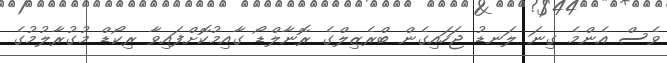
ވެސް އެންމެ ގިނަ ލަނޑު ޖަހައިގެން ބްރެޒިލްގެ ރޮނާލްޑޯ ގާއިމުކޮށްފައިވާ ރިކޯޑް މުގުރާލުމުގެ